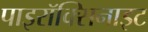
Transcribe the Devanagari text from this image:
पाइरॉक्सिनाइट